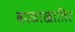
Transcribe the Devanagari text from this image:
काळाखातिर